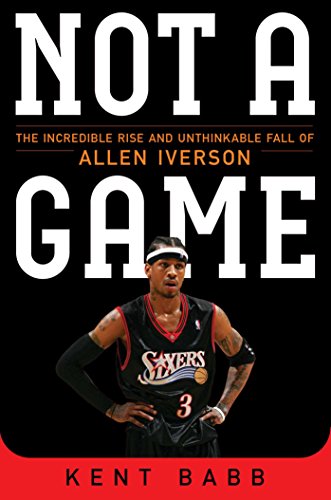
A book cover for Not a Game: The Incredible Rise and Unthinkable Fall of Allen Iverson; Kent Babb; Biographies & Memoirs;